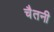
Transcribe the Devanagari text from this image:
चैतनी